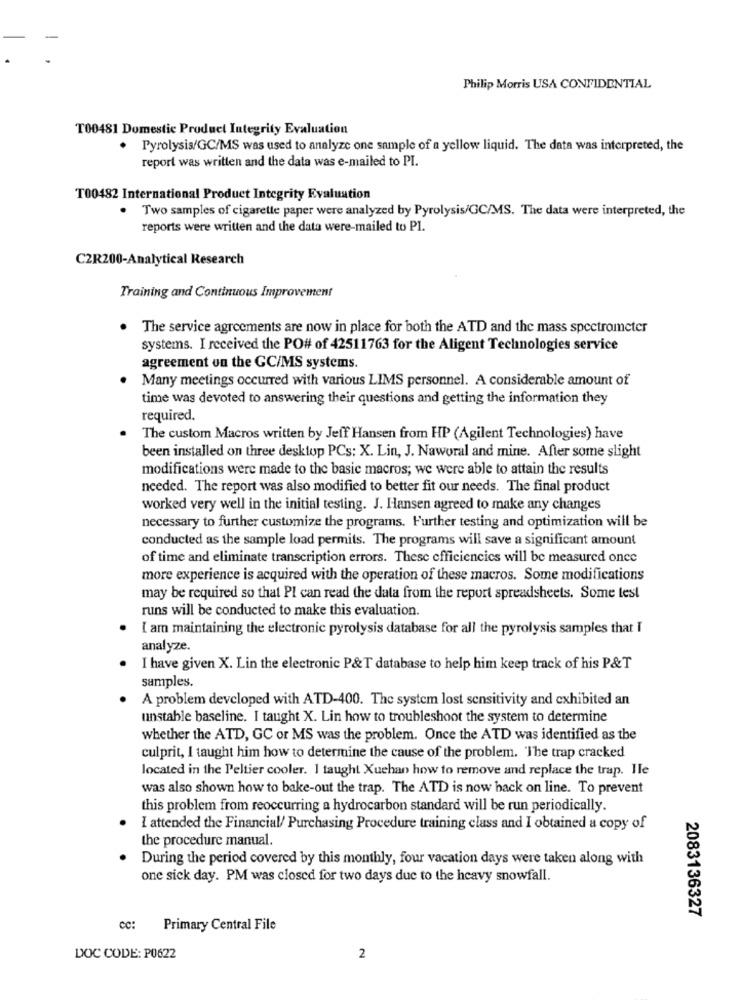
Philip Morris USA CONFIDENTIAL
T00481 Domestic Product Integrity Evaluation
. Pyrolysis/GC/MS was used to analyze one sample of a yellow liquid. The data was interpreted, the
report was written and the data was e-mailed to PI.
T00482 International Product Integrity Evaluation
Two samples of cigarette paper were analyzed by Pyrolysis/GC/MS. The data were interpreted, the
reports were written and the data were-mailed to Pl.
C2R200-Analytical Research
Training and Continuous Improvement
. The service agreements are now in place for both the ATD and the mass spectrometer
systems. I received the PO# of 42511763 for the Aligent Technologies service
agreement on the GC/MS systems.
Many meetings occurred with various LIMS personnel. A considerable amount of
time was devoted to answering their questions and getting the information they
required.
The custom Macros written by Jeff Hansen from HP (Agilent Technologies) have
been installed on three desktop PCs: X. Lin, J. Naworal and mine. After some slight
modifications were made to the basic macros; we were able to attain the results
needed. The report was also modified to better fit our needs. The final product
worked very well in the initial testing. J. Hansen agreed to make any changes
necessary to further customize the programs. Further testing and optimization will be
conducted as the sample load permits. The programs will save a significant amount
of time and eliminate transcription errors. These efficiencies will be measured once
more experience is acquired with the operation of these macros. Some modifications
may be required so that PI can read the data from the report spreadsheets. Some test
runs will be conducted to make this evaluation.
I am maintaining the electronic pyrolysis database for all the pyrolysis samples that I
analyze.
I have given X. Lin the electronic P&T database to help him keep track of his P&T
samples.
A problem developed with ATD-400. The system lost sensitivity and exhibited an
unstable baseline. I taught X. Lin how to troubleshoot the system to determine
whether the ATD, GC or MS was the problem. Once the ATD was identified as the
culprit, I taught him how to determine the cause of the problem. The trap cracked
located in the Peltier cooler. I taught Xuchan how to remove and replace the trap. Ile
was also shown how to bake-out the trap. The ATD is now back on line. To prevent
this problem from reoccurring a hydrocarbon standard will be run periodically.
I attended the Financial/ Purchasing Procedure training class and I obtained a copy of
the procedure manual
During the period covered by this monthly, four vacation days were taken along with
one sick day. PM was closed for two days due to the heavy snowfall.
2083136327
cc: Primary Central File
DOC CODE: P0622
2